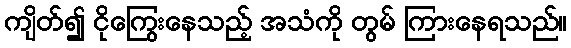
ကျိတ်၍ ငိုကြွေးနေသည့် အသံကို တွမ် ကြားနေရသည်။